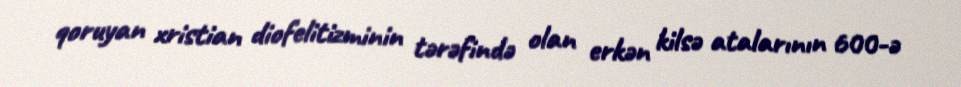
qoruyan xristian diofelitizminin tərəfində olan erkən kilsə atalarının 600-ə